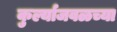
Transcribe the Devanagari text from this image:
कुर्ल्याजवळच्या